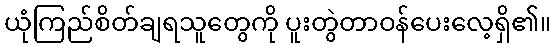
ယုံကြည်စိတ်ချရသူတွေကို ပူးတွဲတာဝန်ပေးလေ့ရှိ၏။